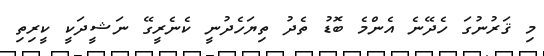
މި ޤަރުނުގަ ހެދޭނެ އެންމެ ބޮޑު ތެދު ތިޔަހެދުނީ ކެނެރީގޭ ނަޝީދަކީ ކީރިތި